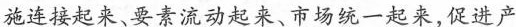
施连接起来、要素流动起来、市场统一起来，促进产